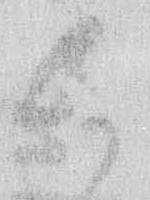
く